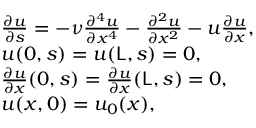
\begin{array} { r l } & { \frac { \partial u } { \partial s } = - \nu \frac { \partial ^ { 4 } u } { \partial x ^ { 4 } } - \frac { \partial ^ { 2 } u } { \partial x ^ { 2 } } - u \frac { \partial u } { \partial x } , } \\ & { u ( 0 , s ) = u ( \mathsf { L } , s ) = 0 , } \\ & { \frac { \partial u } { \partial x } ( 0 , s ) = \frac { \partial u } { \partial x } ( \mathsf { L } , s ) = 0 , } \\ & { u ( x , 0 ) = u _ { 0 } ( x ) , } \end{array}